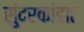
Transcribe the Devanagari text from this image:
सुंदरकांडात